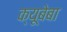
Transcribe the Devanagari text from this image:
क्यूबेबा